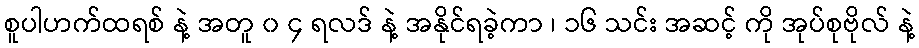
စူပါဟက်ထရစ် နဲ့ အတူ ၀ ၄ ရလဒ် နဲ့ အနိုင်ရခဲ့ကာ ၊ ၁၆ သင်း အဆင့် ကို အုပ်စုဗိုလ် နဲ့